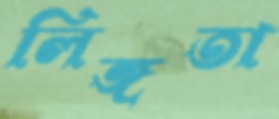
লিঙ্গতা